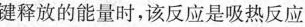
键释放的能量时，该反应是吸热反应